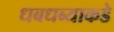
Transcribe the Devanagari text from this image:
धबधब्याकडे